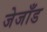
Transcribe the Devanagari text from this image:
जेजाँड